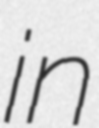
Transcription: in